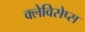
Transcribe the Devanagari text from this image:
क्लेविसेप्स